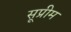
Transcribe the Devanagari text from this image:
सूप्रीम